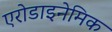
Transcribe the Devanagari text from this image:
एरोडाइनेमिक